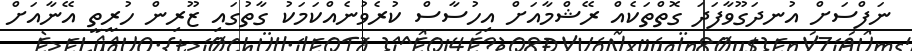
ނަފްސަށް އުނދަގޫވާފަދަ ގޮތްތަކެއް ރޭޝްމާއަށް އިހުސާސް ކުރެވުނެއްކަމަކު ގާތުގައި ޒޫރިން ހުރީތީ އޭނާއަށް